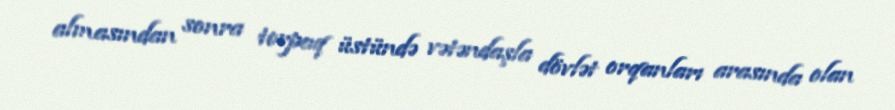
almasından sonra torpaq üstündə vətəndaşla dövlət orqanları arasında olan